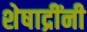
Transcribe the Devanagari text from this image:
शेषाद्रींनी